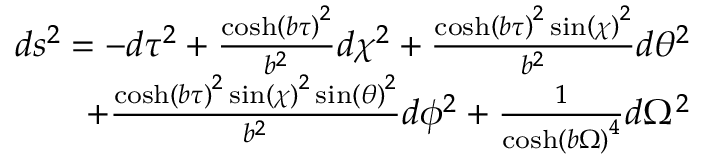
\begin{array} { r } { d s ^ { 2 } = - d \tau ^ { 2 } + \frac { \cosh \left( b { \tau } \right) ^ { 2 } } { b ^ { 2 } } d \chi ^ { 2 } + \frac { \cosh \left( b { \tau } \right) ^ { 2 } \sin \left( { \chi } \right) ^ { 2 } } { b ^ { 2 } } d \theta ^ { 2 } } \\ { + \frac { \cosh \left( b { \tau } \right) ^ { 2 } \sin \left( { \chi } \right) ^ { 2 } \sin \left( { \theta } \right) ^ { 2 } } { b ^ { 2 } } d \phi ^ { 2 } + \frac { 1 } { \cosh \left( b { \Omega } \right) ^ { 4 } } d \Omega ^ { 2 } } \end{array}